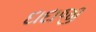
દાદાજી